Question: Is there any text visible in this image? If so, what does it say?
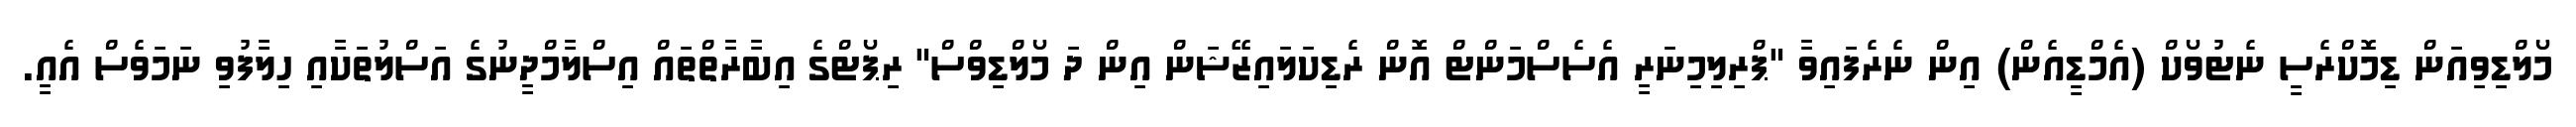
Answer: މޯލްޑިވިއަން ޑިމޮކްރެސީ ނެޓުވޯކް (އެމްޑީއެން) އިން ނެރެފައިވާ "ޕްރިލިމިނަރީ އެސެސްމަންޓް އޮން ރެޑިކަލައިޒޭޝަން އިން ދަ މޯލްޑިވްސް" ރިޕޯޓްގެ އިބާރާތްތައް އިސްލާމްދީނުގެ އަސްލުތަކާއި ހިލާފުވި ނަމަވެސް އެއީ.